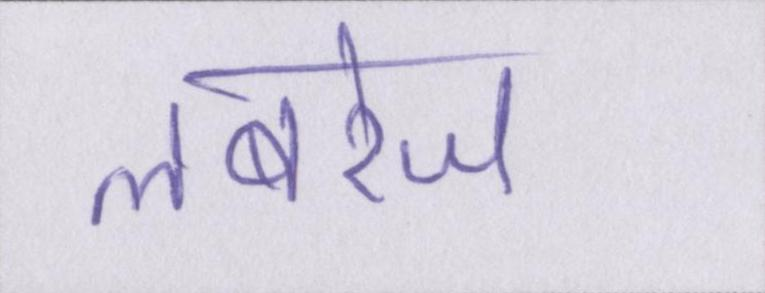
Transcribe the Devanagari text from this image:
लबरेज